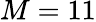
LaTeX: M=11